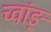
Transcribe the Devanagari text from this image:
च्वांङ्